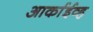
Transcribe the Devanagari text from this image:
आर्काईव्ह